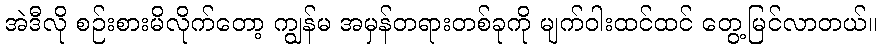
အဲဒီလို စဉ်းစားမိလိုက်တော့ ကျွန်မ အမှန်တရားတစ်ခုကို မျက်ဝါးထင်ထင် တွေ့မြင်လာတယ်။